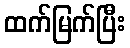
ထက်မြက်ပြီး